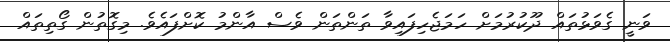
ވަނީ ގެވަޅުތައް ދޫކުރުމަށް ހަމަޖެހިފައިވާ ތަންތަން ވެސް އާންމު ކޮށްފައެވެ. މިގޮތުން ގޯތިތައް